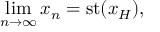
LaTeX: \operatorname* { l i m } _ { n \to \infty } x _ { n } = \mathrm { { s t } } ( x _ { H } ) ,